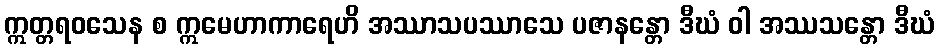
ဣတ္တရဝသေန စ ဣမေဟာကာရေဟိ အဿာသပဿာသေ ပဇာနန္တော ဒီဃံ ဝါ အဿသန္တော ဒီဃံ